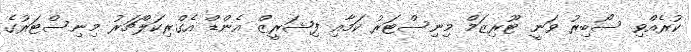
ކުރެއްވި ސޯބިރު ވަނީ ޓޫރިޒަމް މިނިސްޓަރު ކަމާއި ފިޝަރީޒް އެންޑް އެގްރިކަލްޗަރު މިނިސްޓަރުގެ